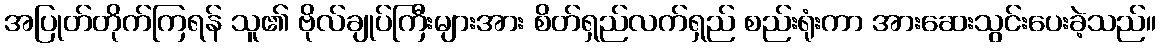
အပြုတ်တိုက်ကြရန် သူ၏ ဗိုလ်ချုပ်ကြီးများအား စိတ်ရှည်လက်ရှည် စည်းရုံးကာ အားဆေးသွင်းပေးခဲ့သည်။